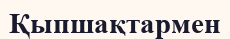
Қыпшақтармен